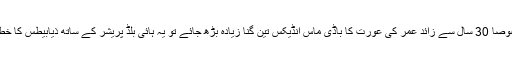
اگر حاملہ عورت خصوصا 30 سال سے زائد عمر کی عورت کا باڈی ماس انڈیکس تین گنا زیادہ بڑھ جائے تو یہ ہائی بلڈ پریشر کے ساتھ ذیابیطس کا خطرہ بھی بڑھا دیتا ہے۔